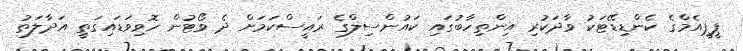
ޕީޕީއެމްގެ ކެންޑިޑޭޓަކު ވާދަކުރި އިންތިހާބުގައި ކައުންސިލްގެ ރައީސްކަމަށް ދެ ވޯޓުން ހޮވިވަޑައިގަތީ އަދާލަތު